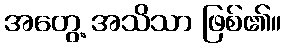
အတွေ့ အသိသာ ဖြစ်၏။